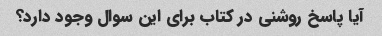
آیا پاسخ روشنی در کتاب برای این سوال وجود دارد؟